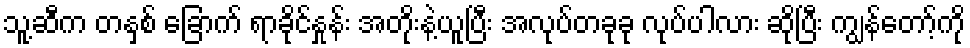
သူ့ဆီက တနှစ် ခြောက် ရာခိုင်နှုန်း အတိုးနဲ့ယူပြီး အလုပ်တခုခု လုပ်ပါလား ဆိုပြီး ကျွန်တော့်ကို